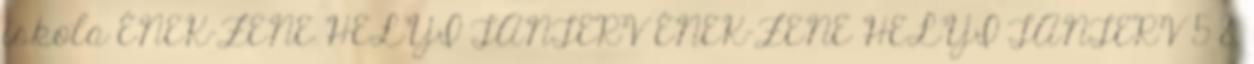
iskola ÉNEK-ZENE HELYI TANTERV ÉNEK-ZENE HELYI TANTERV 5 8.